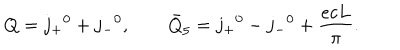
LaTeX: Q = j _ { + } { } ^ { 0 } + j _ { - } { } ^ { 0 } , \qquad { \bar { Q } } _ { 5 } = j _ { + } { } ^ { 0 } - j _ { - } { } ^ { 0 } + \frac { e c L } { \pi } .